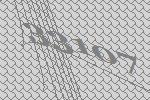
33107